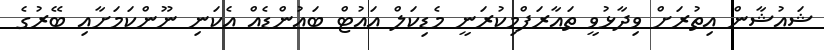
ޝައުޝާން އިތުރަށް ވިދާޅުވީ ތައާރަފްމިކުރަނީ މެޑިކަލް އައުޓް ބައުންޑެއް އެކަނި ނޫންކަމަށާއި ބޭރުގެ